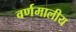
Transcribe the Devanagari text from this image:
वर्णमालीय